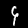
Digit: 9